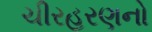
ચીરહરણનો